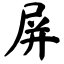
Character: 屏